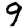
Digit: 9